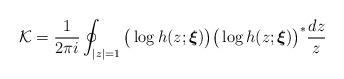
LaTeX: \begin{align*}\mathcal{K}=\frac{1}{2\pi i}\oint_{|z|=1}\big( \log{h(z;\boldsymbol{\xi})}\big)\big( \log{h(z;\boldsymbol{\xi})}\big)^{*}\frac{dz}{z} \end{align*}